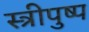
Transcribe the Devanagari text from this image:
स्त्रीपुष्प